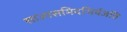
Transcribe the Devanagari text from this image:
साज्यसमिदभिर्यजति